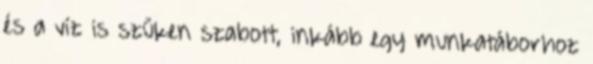
és a víz is szűken szabott, inkább egy munkatáborhoz